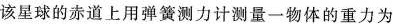
该星球的赤道上用弹簧测力计测量一物体的重力为